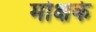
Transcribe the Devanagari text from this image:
मोक्षके